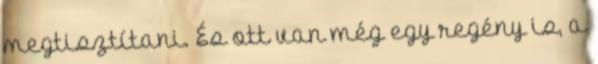
megtisztítani. És ott van még egy regény is, a